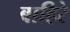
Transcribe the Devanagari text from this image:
बाहिरे